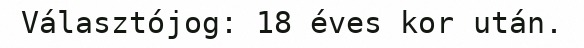
Választójog: 18 éves kor után.